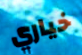
خياري